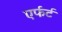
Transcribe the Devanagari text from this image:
एर्फर्ट